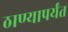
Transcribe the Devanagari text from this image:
ठाण्यापर्यंत